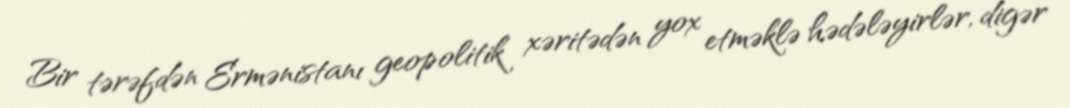
Bir tərəfdən Ermənistanı geopolitik xəritədən yox etməklə hədələyirlər, digər